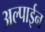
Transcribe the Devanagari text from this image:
अल्पाईन